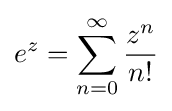
e^{z}=\sum _{n=0}^{\infty }{z^{n} \over n!}